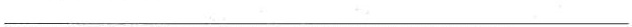
___